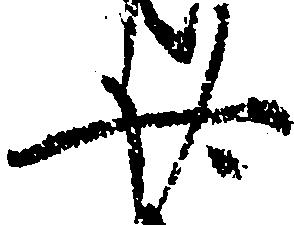
廿